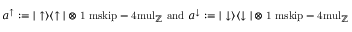
a ^ { \uparrow } : = | \uparrow \rangle \langle \uparrow | \otimes { \mathchoice { \mathrm { 1 \ m s k i p - 4 m u l } } { \mathrm { 1 \ m s k i p - 4 m u l } } { \mathrm { 1 \ m s k i p - 4 . 5 m u l } } { \mathrm { 1 \ m s k i p - 5 m u l } } } _ { \mathord { \mathbb Z } } \mathrm { ~ a n d ~ } a ^ { \downarrow } : = | \downarrow \rangle \langle \downarrow | \otimes { \mathchoice { \mathrm { 1 \ m s k i p - 4 m u l } } { \mathrm { 1 \ m s k i p - 4 m u l } } { \mathrm { 1 \ m s k i p - 4 . 5 m u l } } { \mathrm { 1 \ m s k i p - 5 m u l } } } _ { \mathord { \mathbb Z } }